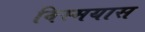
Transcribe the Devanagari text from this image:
विस्मयास